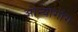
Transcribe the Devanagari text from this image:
ओन्योगोंग